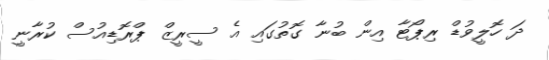
ދަ ހޮލީވުޑް ރިޕޯޓާ އިން ބުނާ ގޮތުގައި އެ ސީރީޒް ޕްރޮޑިއުސް ކުރާނީ